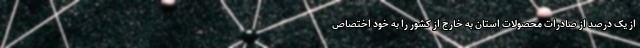
از یک درصد از صادرات محصولات استان به خارج از کشور را به خود اختصاص